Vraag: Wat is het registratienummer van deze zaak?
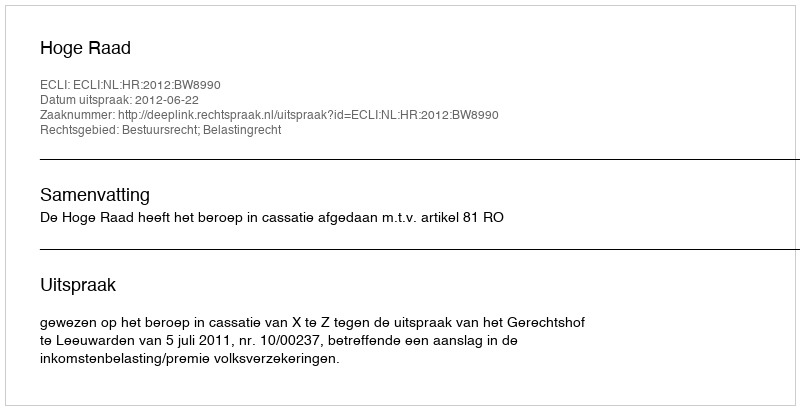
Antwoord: http://deeplink.rechtspraak.nl/uitspraak?id=ECLI:NL:HR:2012:BW8990